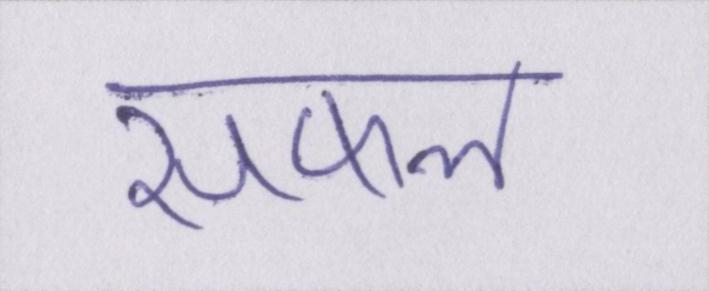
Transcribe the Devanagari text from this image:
सफल